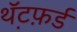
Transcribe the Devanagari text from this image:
थ़ॅटफ़र्ड